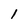
Character: 1